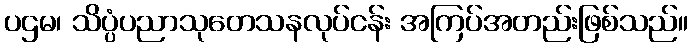
ပဌမ၊ သိပ္ပံပညာသုတေသနလုပ်ငန်း အကြပ်အတည်းဖြစ်သည်။